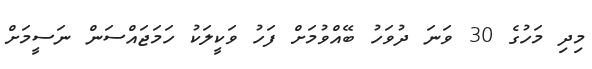
މިދި މަހުގެ 30 ވަނަ ދުވަހު ބޭއްވުމަށް ފަހު ވަކީލަކު ހަމަޖައްސަން ނަސީމަށް